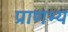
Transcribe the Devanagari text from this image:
प्राणभ्य